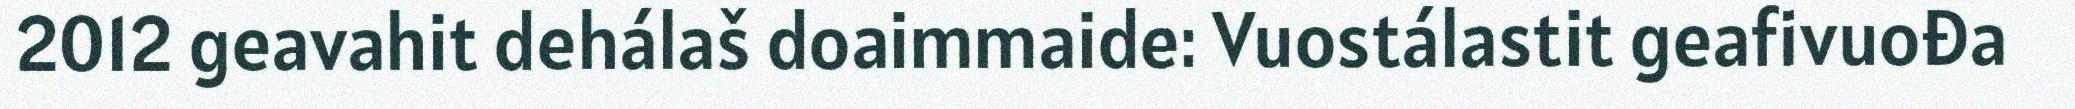
2012 geavahit dehálaš doaimmaide: Vuostálastit geafivuođa